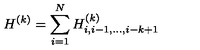
H ^ { ( k ) } = \sum _ { i = 1 } ^ { N } H _ { i , i - 1 , . . . , i - k + 1 } ^ { ( k ) }